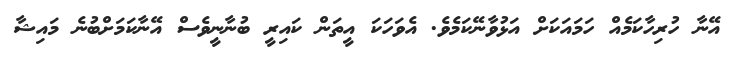
އޭނާ ހުރިހާކަމެއް ހަމައަކަށް އަޅުވާނޭކަމެވެ. އެވަހަކަ އީތަން ކައިރީ ބުނާނީވެސް އޭނާކަމަށްބުނެ މައިޝާ